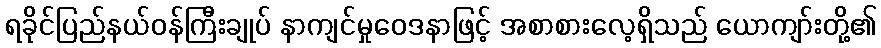
ရခိုင်ပြည်နယ်ဝန်ကြီးချုပ် နာကျင်မှုဝေဒနာဖြင့် အစာစားလေ့ရှိသည် ယောကျာ်းတို့၏